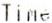
TIME